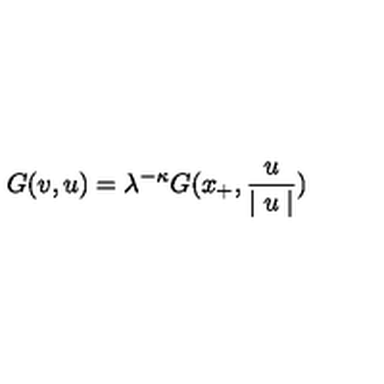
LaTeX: G ( v , u ) = \lambda ^ { - \kappa } G ( x _ { + } , \frac { u } { \mid u \mid } )